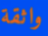
واثقة